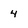
Character: 4